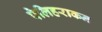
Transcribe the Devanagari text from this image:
पेलिहराकन